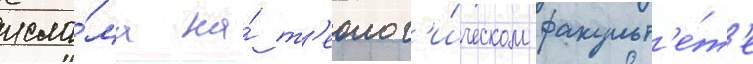
исла́ма на́ т'еолог'и́ческом факульт'е́т'е